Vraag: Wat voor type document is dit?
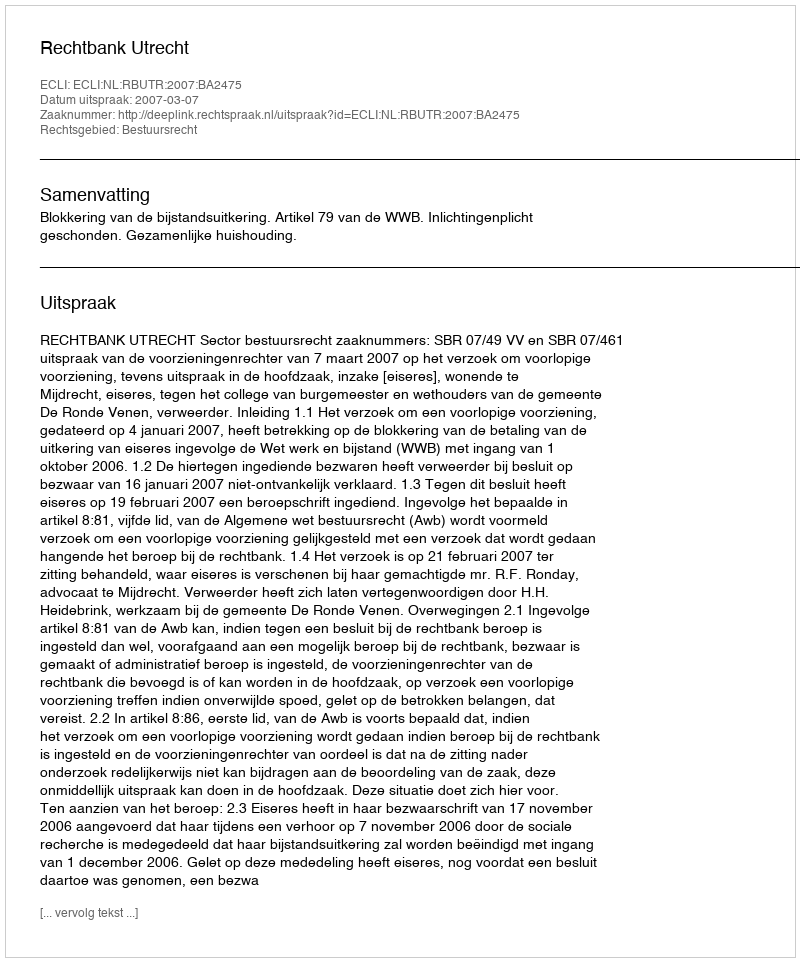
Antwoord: Uitspraak